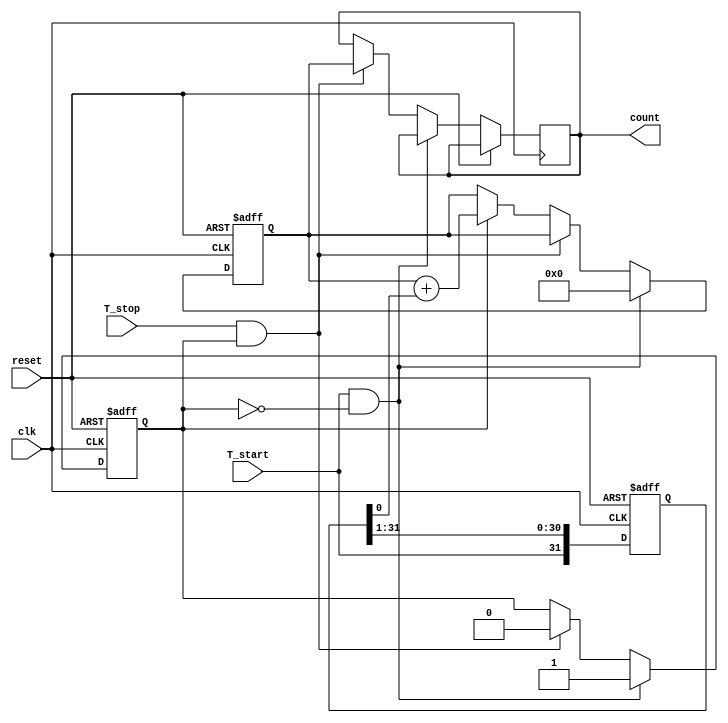
module TDC (
    input wire clk,          // System clock
    input wire reset,        // Asynchronous reset
    input wire T_start,      // Start signal
    input wire T_stop,       // Stop signal
    output reg [N-1:0] count // Measured time interval output
);

// Parameter definitions
parameter N = 16; // Bit width of the counter
parameter DELAY_STAGES = 32; // Number of delay stages

// Internal signals
reg [N-1:0] counter; // Counter to measure delay stages
reg measuring;       // Indicates if measuring is active

// Delay line implementation (simple model with a series of delays)
reg [DELAY_STAGES-1:0] delay_line;
integer i;

// Initialize delay line
always @(posedge clk or posedge reset) begin
    if (reset) begin
        delay_line <= 0;
    end else begin
        // Shift the delay line
        delay_line <= {T_start, delay_line[DELAY_STAGES-1:1]};
    end
end

// Control logic for TDC
always @(posedge clk or posedge reset) begin
    if (reset) begin
        counter <= 0;
        measuring <= 0;
    end else begin
        if (T_start && !measuring) begin
            // Start measuring on T_start
            measuring <= 1;
            counter <= 0; // Reset counter
        end else if (T_stop && measuring) begin
            // Stop measuring on T_stop
            measuring <= 0;
            count <= counter; // Capture the count value
        end else if (measuring) begin
            // Count the number of delay stages traversed
            counter <= counter + delay_line[0]; // Increment counter based on the first delay
        end
    end
end

endmodule